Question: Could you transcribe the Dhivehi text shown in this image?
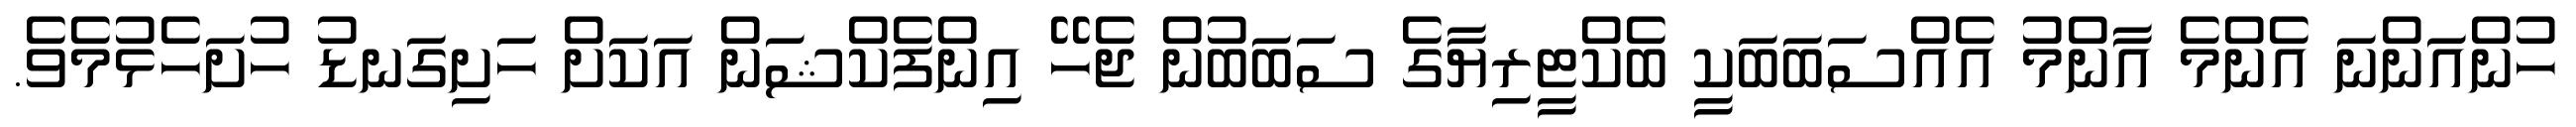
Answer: ހުންއަންނަ އެންމެ އާންމު އެއްސަބަބަކީ ބެކްޓީރިޔާގެ ސަބަބުން ޖެހޭ އިންފެކްޝަން އަކަށް ހަށިގަނޑު ހުށަހެޅުމެވެ.